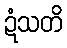
ဍံသတိ